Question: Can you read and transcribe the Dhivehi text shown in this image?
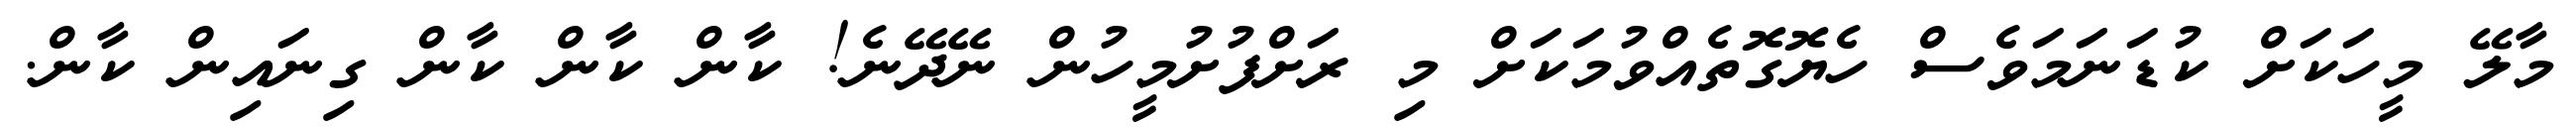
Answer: މާލޭ މީހަކަށް ކުޑަނަމަވެސް ހެޔޮގޮތެއްވުމަކަށް މި ރަށްފުށުމީހުން ނޭދޭނެ! ކާން ކާން ކާން ގިނައިން ކާން.